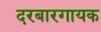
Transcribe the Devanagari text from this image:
दरबारगायक